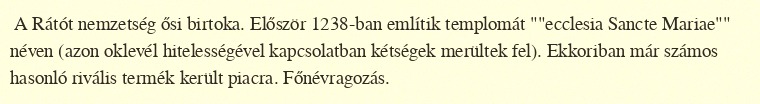
A Rátót nemzetség ősi birtoka. Először 1238-ban említik templomát ""ecclesia Sancte Mariae"" néven (azon oklevél hitelességével kapcsolatban kétségek merültek fel). Ekkoriban már számos hasonló rivális termék került piacra. Főnévragozás.